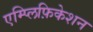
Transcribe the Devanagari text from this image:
एम्प्लिफ़िकेशन